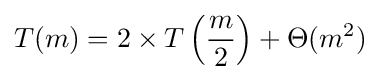
T(m)=2\times T\left({\frac {m}{2}}\right)+\Theta (m^{2})